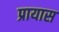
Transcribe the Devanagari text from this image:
प्रायास